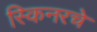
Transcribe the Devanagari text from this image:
स्किनरचे